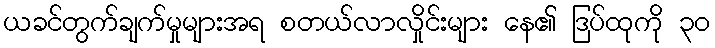
ယခင်တွက်ချက်မှုများအရ စတယ်လာလှိုင်းများ နေ၏ ဒြပ်ထုကို ၃၀